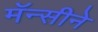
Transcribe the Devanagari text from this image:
मॅन्सीने